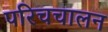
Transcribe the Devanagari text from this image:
परिचचालन